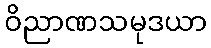
ဝိညာဏသမုဒယာ